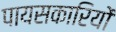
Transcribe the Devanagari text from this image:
पायसकारियों